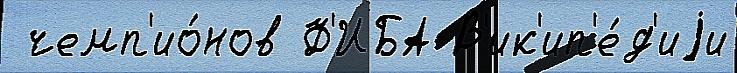
 чемп'ио́нов Ф'ИБА В'ик'ип'е́д'иjи